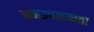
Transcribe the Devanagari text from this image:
अनउपलब्धता